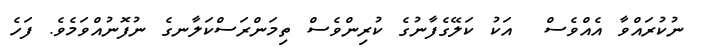
ނުކުރައްވާ އެއްވެސް  އަކު ކަލޭގެފާނުގެ ކުރިންވެސް ތިމަންރަސްކަލާނގެ ނުފޮނުއްވަމެވެ. ފަހެ